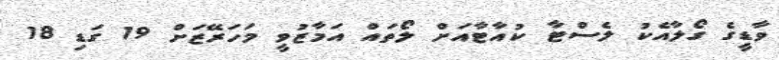
ވާޑީގެ ގޯލާއެކު ލެސްޓާ ކުއާޓާއަށް ލޯތައް އަމާޒުވީ މަހަރޭޒަށް 19 ގަޑި 18